Anatomy and histology of ticks - Number 23
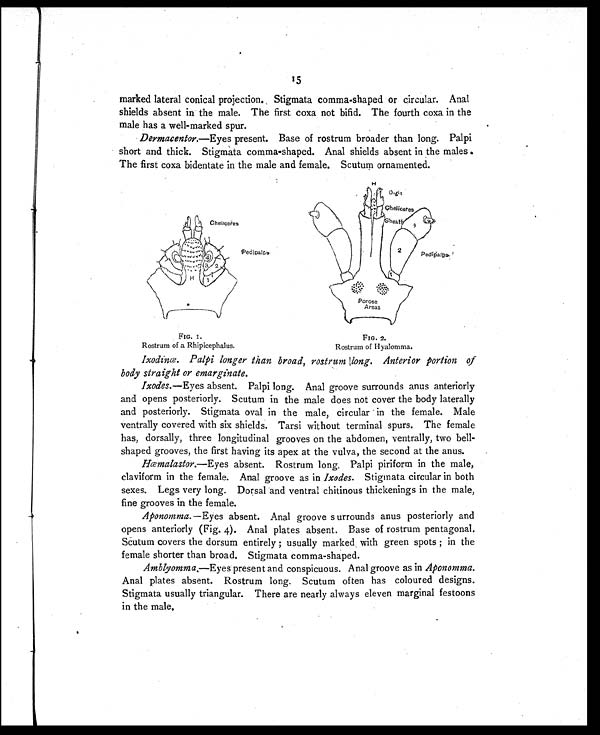
FIG. I.
Rostrum of a Rhipicephalus.
FIG. 2.
Rostrum of Hyalomma.
15
marked lateral conical projection. Stigmata comma-shaped or circular. Anal
shields absent in the male. The first coxa not bifid. The fourth coxa in the
male has a well-marked spur.
Dermacentor.—Eyes present. Base of rostrum broader than long. Palpi
short and thick. Stigmata comma-shaped. Anal shields absent in the males
The first coxa bidentate in the male and female. Scutum ornamented.
Ixodinœ. Palpi longer than broad, rostrum long. Anterior portion of
body straight or emarginate.
Ixodes. —Eyes absent. Palpi long. Anal groove surrounds anus anteriorly
and opens posteriorly. Scutum in the male does not cover the body laterally
and posteriorly. Stigmata oval in the male, circular in the female. Male
ventrally covered with six shields. Tarsi without terminal spurs. The female
has, dorsally, three longitudinal grooves on the abdomen, ventrally, two bell-
shaped grooves, the first having its apex at the vulva, the second at the anus.
Hœmalastor.—Eyes absent. Rostrum long. Palpi piriform in the male,
claviform in the female. Anal groove as in Ixodes . Stigmata circular in both
sexes. Legs very long. Dorsal and ventral chitinous thickenings in the male,
fine grooves in the female.
Aponomma. —Eyes absent. Anal groove s urrounds anus posteriorly and
opens anteriorly (Fig. 4). Anal plates absent. Base of rostrum pentagonal.
Scutum covers the dorsum entirely ; usually marked, with green spots ; in the
female shorter than broad. Stigmata comma-shaped.
Amblyomma .—Eyes present and conspicuous. Anal groove as in Aponomma .
Anal plates absent. Rostrum long. Scutum often has coloured designs.
Stigmata usually triangular. There are nearly always eleven marginal festoons
in the male.